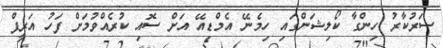
ސަރުކާރު ހިންގާ ކޯލިޝަންގައި ހިމެނޭ އެމްޑިއޭ އަށް ސޮއި ކުރެއްވުމަށް ފަހު އަރީފް